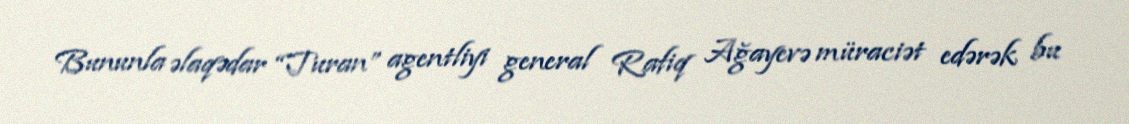
Bununla əlaqədar “Turan” agentliyi general Rafiq Ağayevə müraciət edərək bu